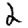
Digit: 2